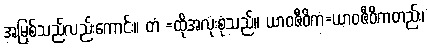
အမြစ်သည်လည်းကောင်း။ တံ =ထိုအလုံးစုံသည်။ ယာဝဇီဝိကံ=ယာဝဇီဝိကတည်း၊